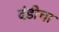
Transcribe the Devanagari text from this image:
दंडीचा